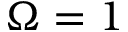
\Omega = 1